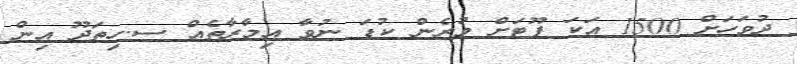
ދުވަހަށް 1500 އަކަ ފޫޓަށް ވުރެން ކުޑަ ނުވާ އިމާރާތެއް ސ.ހިތަދޫ އިން